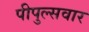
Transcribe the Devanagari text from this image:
पीपुल्सवार